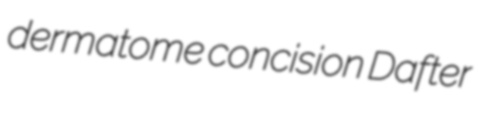
dermatome concision Dafter